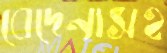
বেদেনাসহ